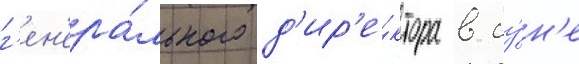
г'ен'ера́льного д'ир'е́ктора в иу́н'е